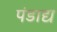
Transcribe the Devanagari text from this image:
पंडाद्य